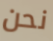
نحن